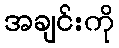
အချင်းကို